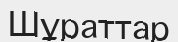
Шұраттар